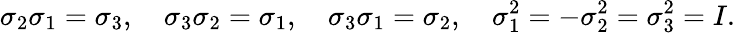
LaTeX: \sigma_{2}\sigma_{1}=\sigma_{3},\quad\sigma_{3}\sigma_{2}=\sigma_{1},\quad\sigma_{3}\sigma_{1}=\sigma_{2},\quad\sigma_{1}^{2}=-\sigma_{2}^{2}=\sigma_{3}^{2}=I.